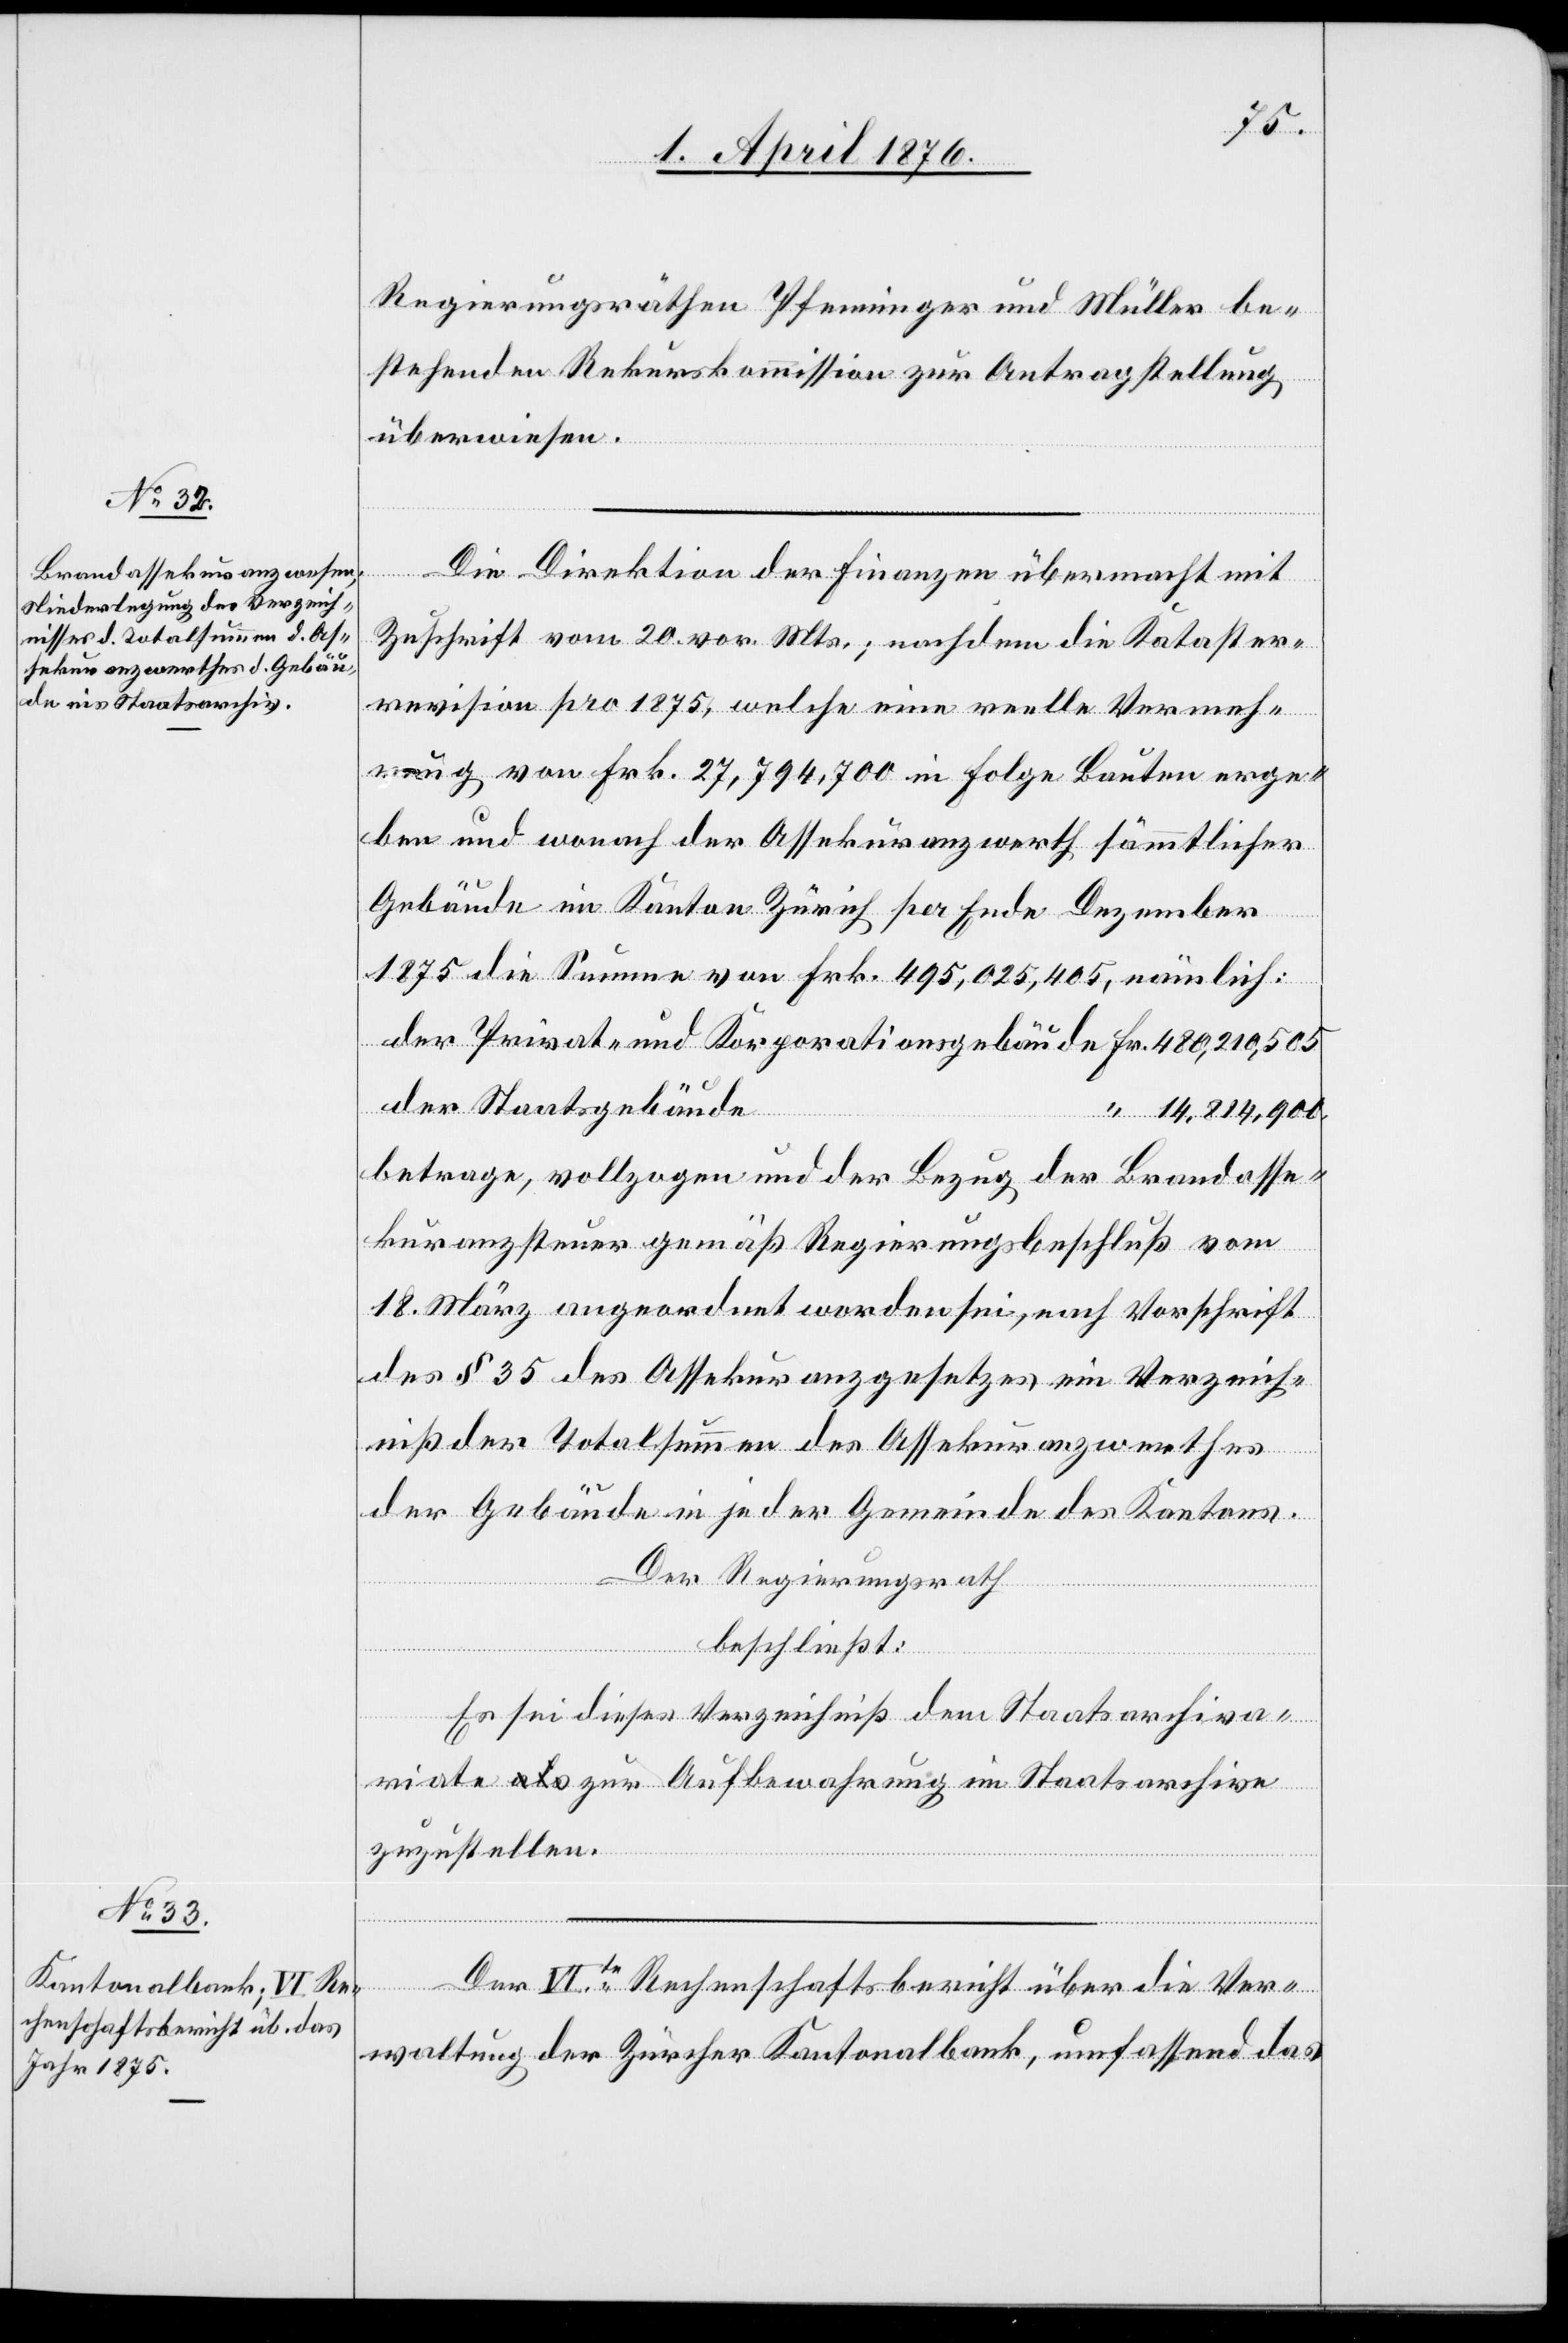
Fr.
Regierungsräthen Pfenninger und Müller be¬
stehenden Rekurskommission zur Antragstellung
überwiesen.
Die Direktion der Finanzen übermacht mit
Zuschrift vom 20. vor. Mts., nachdem die Kataster¬
revision pro 1875, welche eine reelle Vermeh¬
rung von Frk. 27,794,700 in Folge Bauten erge¬
ben und wonach der Assekuranzwerth sämmtlicher
Gebäude im Kanton Zürich pro Ende Dezember
1875 die Summe von Frk. 495,025,405, nämlich:
der Staatsgebäude
14,814,900.
betrage, vollzogen und der Bezug der Brandasse¬
kuranzsteuer gemäß Regierungsbeschluß vom
18. März angeordnet worden sei, nach Vorschrift
des § 35 des Assekuranzgesetzes ein Verzeich¬
niß der Totalsummen des Assekuranzwerthes
der Gebäude in jeder Gemeinde des Kantons.
Der Regierungsrath
und
beschließt:
Es sei dieses Verzeichnis dem Staatsachiva¬
riate zur Aufbewahrung im Staatsarchive
zuzustellen.
Der VIte Rechenschaftsbericht über die Ver¬
waltung der Zürcher Kantonalbank, umfassend das